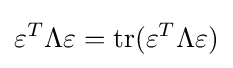
\varepsilon ^{T}\Lambda \varepsilon =\operatorname {tr} (\varepsilon ^{T}\Lambda \varepsilon )